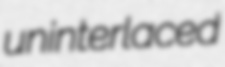
uninterlaced